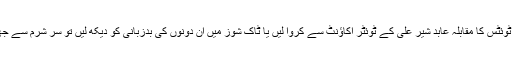
ہم فیاض الحسن چوہان کی غلاظت بھری ٹوئٹس کا مقابلہ عابد شیر علی کے ٹوئٹر اکاؤنٹ سے کروا لیں یا ٹاک شوز میں ان دونوں کی بدزبانی کو دیکھ لیں تو سر شرم سے جھک جاتے ہیں کہ یہ عوامی نمائندے ہیں۔